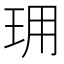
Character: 𤤪